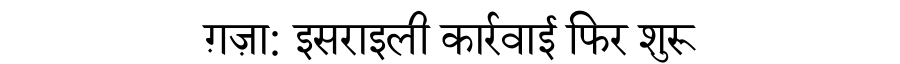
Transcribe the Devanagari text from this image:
ग़ज़ा: इसराइली कार्रवाई फिर शुरू